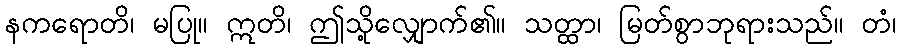
နကရောတိ၊ မပြု။ ဣတိ၊ ဤသို့လျှောက်၏။ သတ္ထာ၊ မြတ်စွာဘုရားသည်။ တံ၊